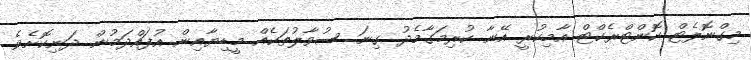
މިގްނޮލެޓް ކޮންޓްރެކްޓް އާމިކުރީ އޭނާ ކުރިމަގާމެދު ގިނަ ސުވާލުތަކެއް މީޑިޔާއިން އުފައްދަމުން ދަނިކޮށެވެ.